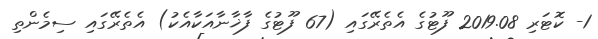
1- ކޮޓަރި 2019.08 ފޫޓުގެ އެތެރޭގައި (67 ފޫޓުގެ ފާޚާނާއަކާއެކު) އެތެރޭގައި ސިމެންތި